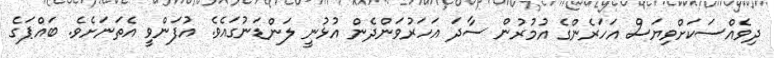
ދިވެއްސަކަށްވިޔަސް އަހަރެންގެ އުމުރުން ސާދަ އަހަރުވަންދެން އުޅުނީ ލަންޑަނުގައެވެ. އުފަންވީ އެތަނަށެވެ. ބައްޕަގެ